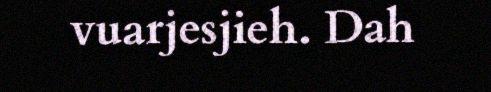
vuarjesjieh. Dah